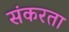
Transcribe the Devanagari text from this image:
संकरता